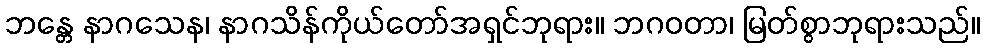
ဘန္တေ နာဂသေန၊ နာဂသိန်ကိုယ်တော်အရှင်ဘုရား။ ဘဂဝတာ၊ မြတ်စွာဘုရားသည်။